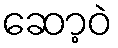
ဆော့ဝဲ